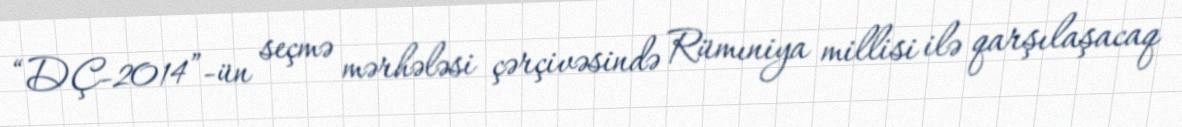
“DÇ-2014”-ün seçmə mərhələsi çərçivəsində Rümıniya millisi ilə qarşılaşacaq